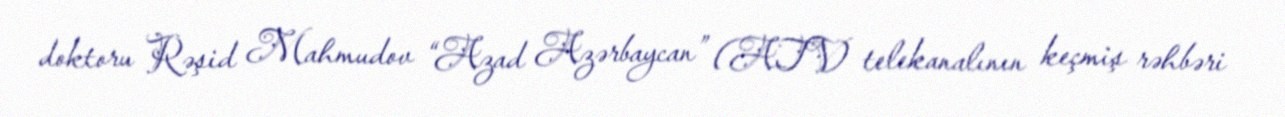
doktoru Rəşid Mahmudov “Azad Azərbaycan” (ATV) telekanalının keçmiş rəhbəri